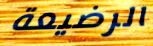
الرضيعة